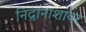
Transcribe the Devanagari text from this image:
निद्रानाशावर